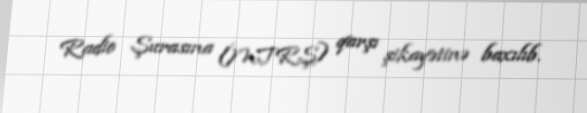
Radio Şurasına (MTRŞ) qarşı şikayətinə baxılıb.